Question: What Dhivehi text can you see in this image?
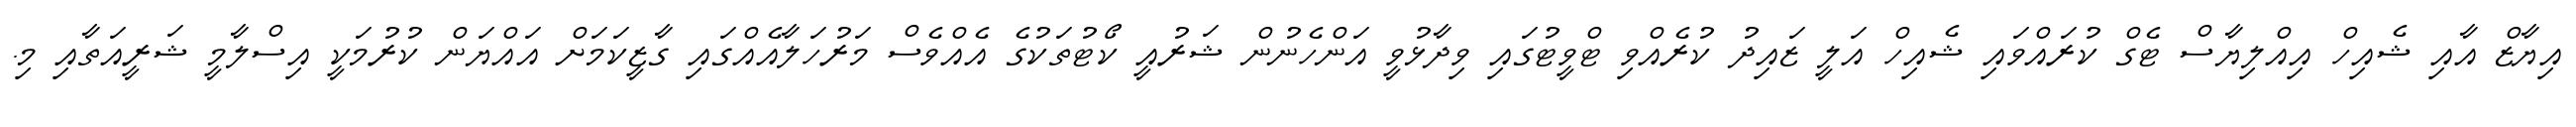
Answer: އިޔާޒް އާއި ޝެއިހް އިއްލިޔާސް ޓެގް ކުރައްވައި ޝެއިހް އަލީ ޒައިދު ކުރެއްވި ޓްވީޓުގައި ވިދާޅުވީ އަންހެނުން ޝަރުއީ ކޯޓުތަކުގެ އެއްވެސް މަރުހަލާއެއްގައި ގާޒީކަމަށް އައްޔަން ކުރުމަކީ އިސްލާމީ ޝަރީއަތާއި މި.